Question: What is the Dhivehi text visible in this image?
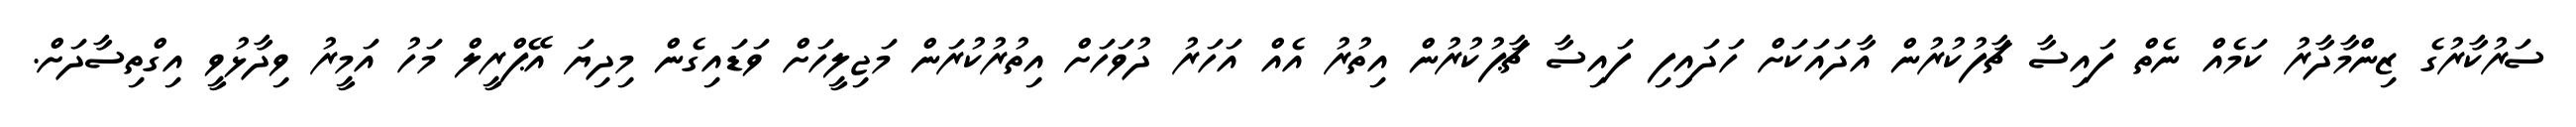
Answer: ސަރުކާރުގެ ޒިންމާދާރު ކަމެއް ނެތް ފައިސާ ޗާފުކުރުން އާދައަކަށް ހަދައިިފި ފައިސާ ޗާޕުކުރުން އިތުރު އެއް އަހަރު ދުވަހަށް އިތުރުކުރަން މަޖިލީހަށް ވަޑައިގެން މިދިޔަ އޭޕްރީލް މަހު އަމީރު ވިދާޅުވީ އިގްތިސާދަށް.